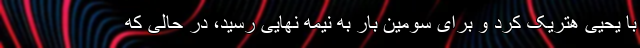
با یحیی هتریک کرد و برای سومین بار به نیمه نهایی رسید، در حالی که